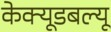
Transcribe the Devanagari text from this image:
केक्यूडबल्यू